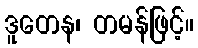
ဒူတေန၊ တမန်ဖြင့်။